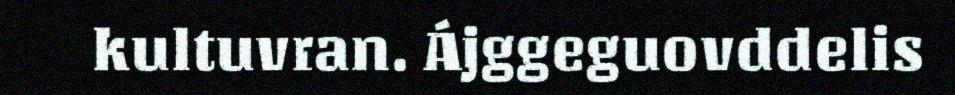
kultuvran. Ájggeguovddelis